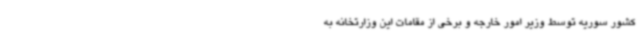
کشور سوریه توسط وزیر امور خارجه و برخی از مقامات این وزارتخانه به